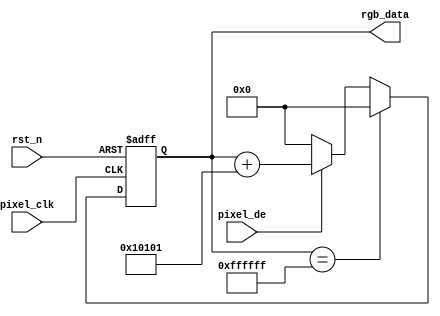
`timescale 1ns / 1ps
//////////////////////////////////////////////////////////////////////////////////
// Company: 
// Engineer: 
// 
// Design Name: 
// Module Name: rgb_data_gen
// Project Name: 
// Target Devices: 
// Tool Versions: 
// Description: 
// 
// Dependencies: 
// 
// Revision:
// Revision 0.01 - File Created
// Additional Comments:
// 
//////////////////////////////////////////////////////////////////////////////////


module rgb_data_gen(
	input    wire      pixel_clk    ,
	input    wire      rst_n      	,
	input    wire      pixel_de     ,
	
	output   reg[23:0] rgb_data    
    );   
           
//rgb_data
always@(posedge  pixel_clk  or  negedge  rst_n)
    if(rst_n==0)
       rgb_data	<=	24'h0;
   else  if(rgb_data==24'hffffff)
       rgb_data	<=	24'h0;
   else  if(pixel_de==1)
       rgb_data	<=	rgb_data+24'h010101; 
   else
   	   rgb_data	<=	24'h0;
    
    
    
endmodule